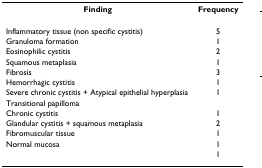
| Finding | Frequency |
 | --- | --- |
 | Inflammatory tissue (non specific cystitis) | 5 |
 | Granuloma formation | 1 |
 | Eosinophilic cystitis | 2 |
 | Squamous metaplasia | 1 |
 | Fibrosis | 3 |
 | Hemorrhagic cystitis | 1 |
 | Severe chronic cystitis + Atypical epithelial hyperplasia | 1 |
 | Transitional papilloma |  |
 | Chronic cystitis | 1 |
 | Glandular cystitis + squamous metaplasia | 2 |
 | Fibromuscular tissue | 1 |
 | Normal mucosa | 1 |
 |  | 1 |